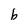
Character: b